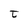
Character: t